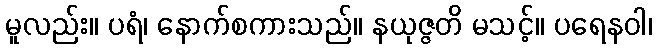
မူလည်း။ ပရံ၊ နောက်စကားသည်။ နယုဇ္ဇတိ မသင့်။ ပရေနဝါ၊